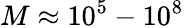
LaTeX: M\approx 10^{5}-10^{8}